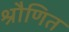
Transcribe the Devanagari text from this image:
श्रौणित